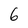
Character: 6